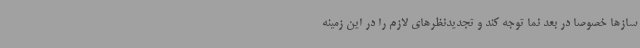
سازها خصوصا در بعد نما توجه کند و تجدیدنظرهای لازم را در این زمینه